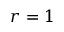
r = 1